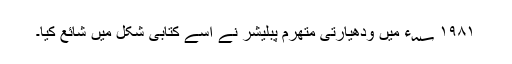
۱۹۸۱ ؁ء میں وِدھیارتی مِتھرم پبلیشر نے اسے کتابی شکل میں شائع کیا۔